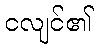
ငလျင်၏